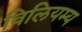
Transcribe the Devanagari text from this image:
विलियम्य